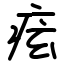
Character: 痃